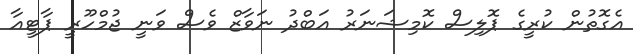
އެގޮތުން ކުރީގެ ޕޮލިސް ކޮމިޝަނަރު އަބްދު ނަވާޒް ވެސް ވަނީ ޖުމްހޫރީ ޕާޓީއާ